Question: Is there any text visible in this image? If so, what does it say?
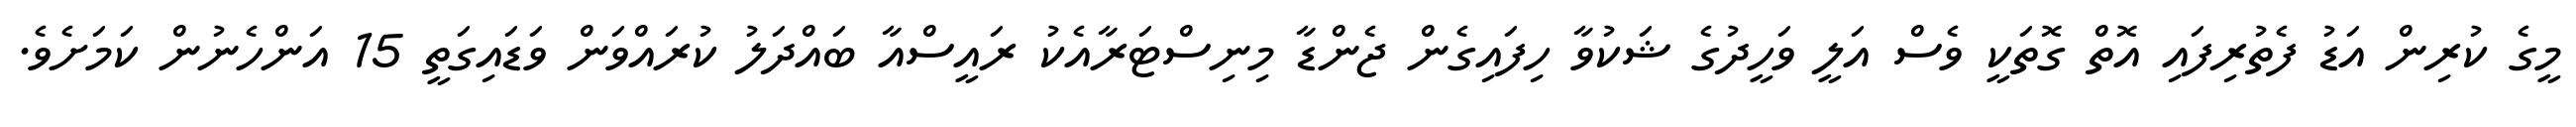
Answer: މީގެ ކުރިން އަޑު ފެތުރިފައި އޮތް ގޮތަކީ ވެސް އަލީ ވަހީދުގެ ޝަކުވާ ހިފައިގެން ޖެންޑާ މިނިސްޓަރާއެކު ރައީސްއާ ބައްދަލު ކުރައްވަން ވަޑައިގަތީ 15 އަންހެނުން ކަމަށެވެ.